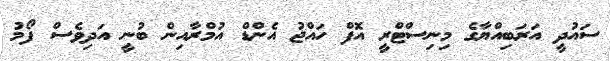
ސައުދީ އަރަބިއްޔާގެ މިނިސްޓްރީ އޮފް ހައްޖު އެންޑް އުމްރާއިން ބުނީ އަދިވެސް ފޯމު